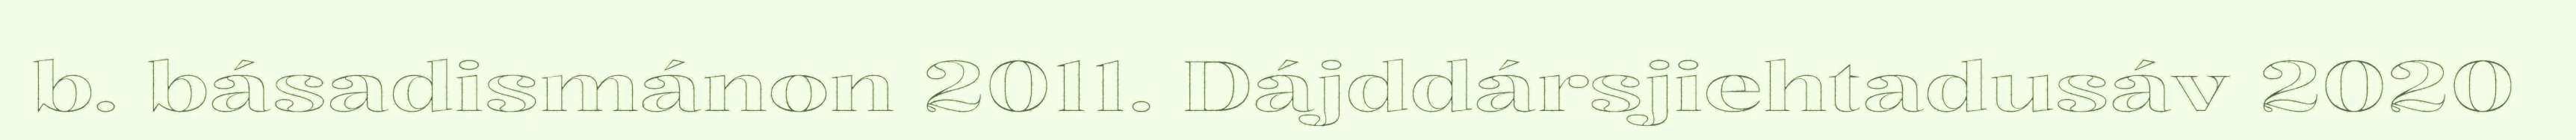
b. básadismánon 2011. Dájddársjiehtadusáv 2020